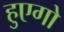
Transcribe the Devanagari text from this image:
हुएगो